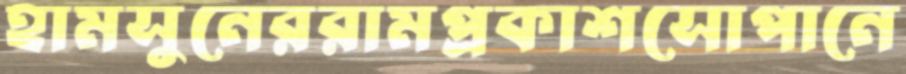
হামসুনেররামপ্রকাশসোপানে